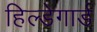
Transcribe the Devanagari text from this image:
हिल्डेगार्ड